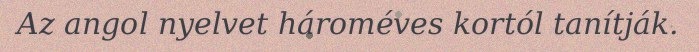
Az angol nyelvet hároméves kortól tanítják.